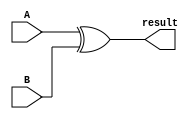

module XOR(A,B,result);
parameter N=16;
input [(N-1):0] A, B;
output [(N-1):0] result;

assign result = A ^ B;
endmodule